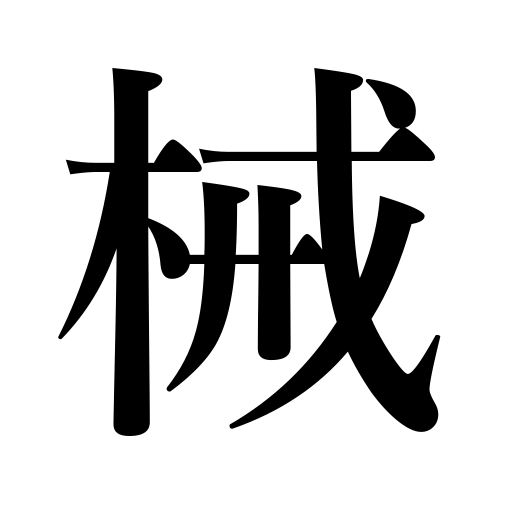
Meanings: instrument,fetters,machine